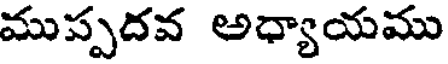
ముప్పదవ అధ్యాయము